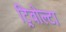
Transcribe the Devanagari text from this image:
ट्रिवोल्‍टा